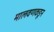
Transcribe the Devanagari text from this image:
मालवणकडून